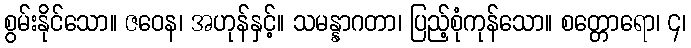
စွမ်းနိုင်သော။ ဇဝေန၊ အဟုန်နှင့်။ သမန္နာဂတာ၊ ပြည့်စုံကုန်သော။ စတ္တောရော၊ ၄၊